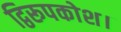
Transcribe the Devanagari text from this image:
द्विरूपकोश।